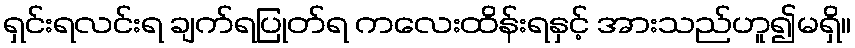
ရှင်းရလင်းရ ချက်ရပြုတ်ရ ကလေးထိန်းရနှင့် အားသည်ဟူ၍မရှိ။